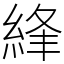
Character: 綘